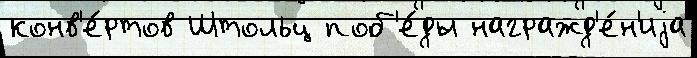
конв'е́ртов Штольц поб'е́ды награжд'е́н'иjа